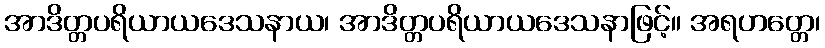
အာဒိတ္တပရိယာယဒေသနာယ၊ အာဒိတ္တပရိယာယဒေသနာဖြင့်။ အရဟတ္တေ၊